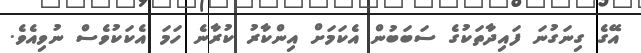
އޭގެ ގިނަގުނަ ފައިދާތަކުގެ ސަބަބުން އެކަމަށް އިންކާރު ކުރާނެ ހަމަ އެކަކުވެސް ނުވިއެވެ.